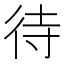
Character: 待